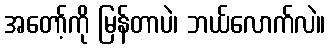
အတော့်ကို မြန်တာပဲ၊ ဘယ်လောက်လဲ။